EAOK_Sinod, lk 21
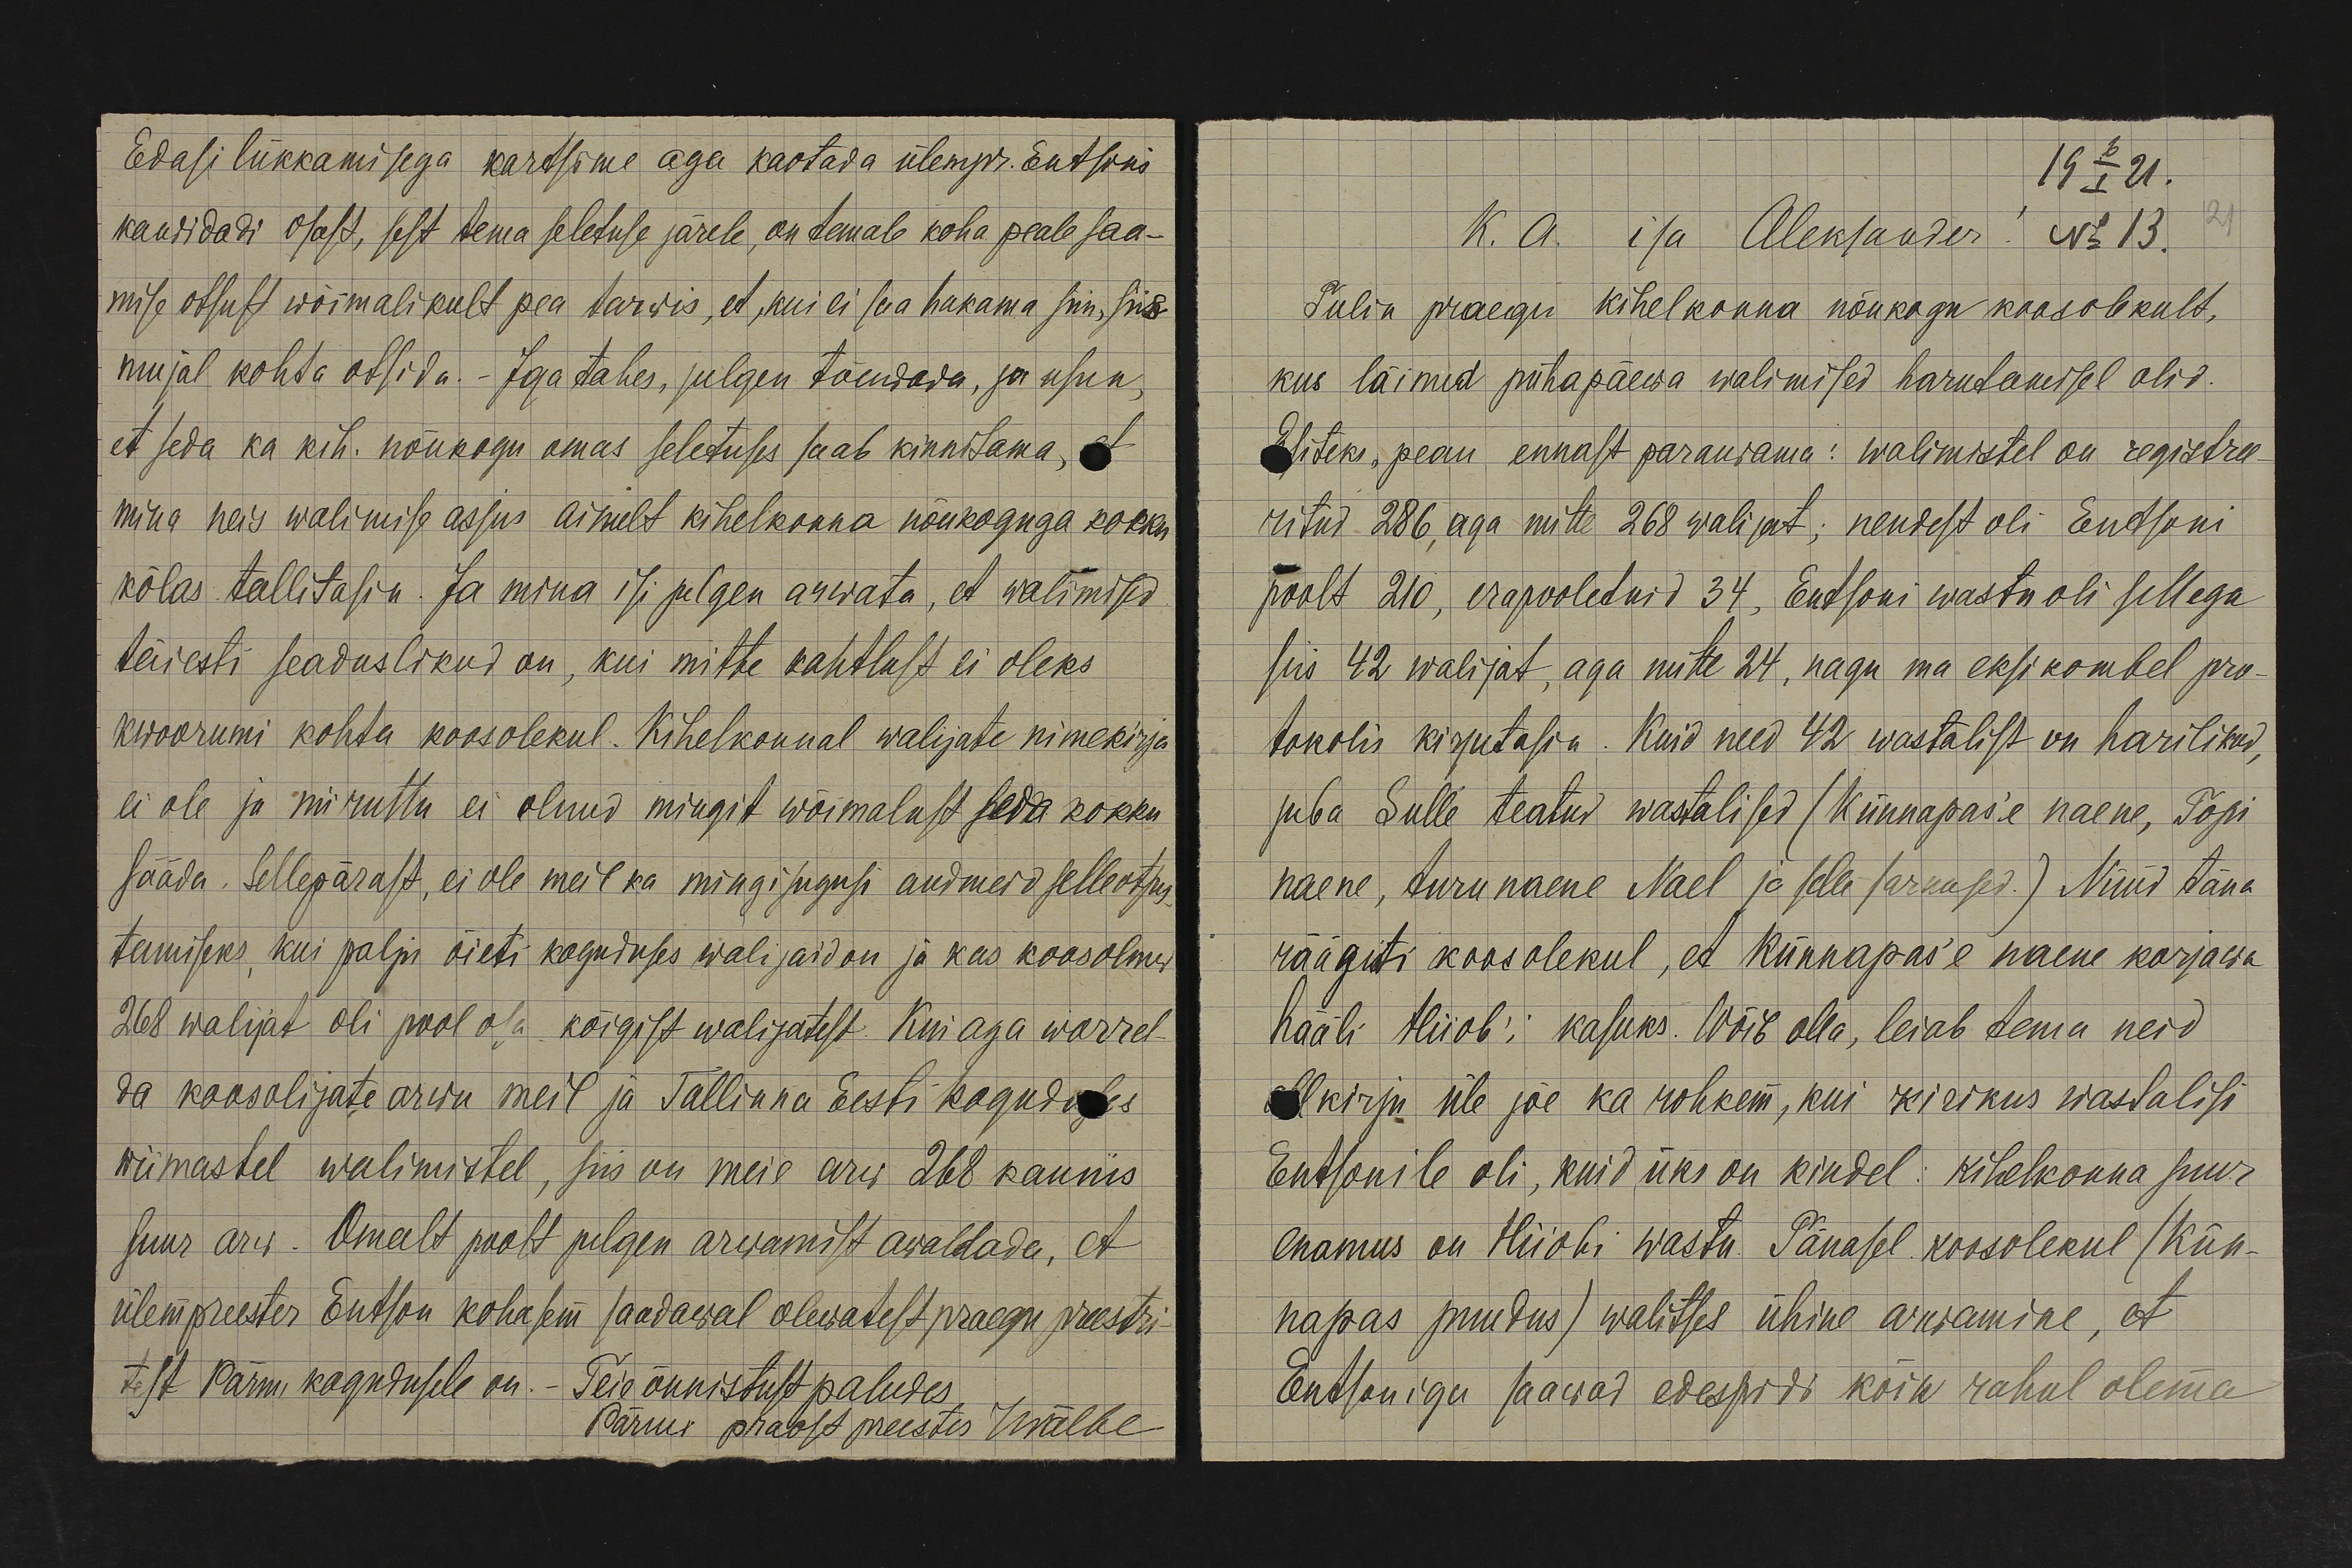
Edasi lükkamisega kartsime aga kaotada ülempr. Entsoni
kandidadi osast, sest tema seletuse järele, on temale koha peale saa-
mise otsust wõimalikult pea tarwis, et, kui ei saa hakama siin, siis
mujal kohta otsida. - Iga tahes, julgen tõendada, ja usun,
et seda ka kih. nõukogu omas seletuses saab kinnitama, et
mina neis walimise asjus ainult kihelkonna nõukoguga kokku
kõlas tallitasin. Ja mina isi julgen arwata, et walimised
täiesti seaduslikud on, kui mitte kahtlust ei oleks
kwoorumi kohta koosolekul. Kihelkonnal walijate nimekirja
ei ole ja nii ruttu ei olnud mingit wõimalust seda kokku
sääda. Sellepärast, ei ole meil ka mingisugusi andmeid selle otsus-
tamiseks, kui palju õieti koguduses walijaid on ja kas koosolnud
268 walijat oli pool osa kõigist walijatest. Kui aga worrel-
da koosolijate arwu meil ja Tallinna Eesti koguduses
wiimastel walimistel, siis on meie arw 268 kaunis
suur arw. Omalt poolt julgen arwamist awaldada, et
ülempreester Entson kohasem saadawal olewatest praegu preestri-
test Pärnu kogudusele on. Teie õnnistust paludes
Pärnu praost preester Wälbe

19 6/I 21.
No 13.
K. A. isa Aleksander!
Tulin praegu kihelkonna nõukogu koosolekult,
kus läinud pühapäewa walimised harutamisel olid.
Esiteks "pean ennast paradama": walimistel on registree-
ritud 286, aga mitte 268 walijat; nendest oli Entsoni
poolt 210, erapooletuid 34. Entsoni wastu oli sellega
siis 42 walijat, aga mitte 24, nagu ma eksi kombel pro
tokolis kirjutasin. Kuid need 42 wastalist on harilikud,
juba Sulle teatud wastalised (Künnapas'e naene, Topi
naene, turu naene Nael ja selle sarnased.) Nüüd täna
räägiti koosolekul, et Künnapas'e naene korjawa
hääli Hiiob'i kasuks. Wõib olla, leiab tema neid
allkirju üle jõe ka rohkem, kui kirikus wastalisi
Entsonile oli, kuid üks on kindel: kihelkonna suur
enamus on Hiiobi wastu. Tänasel koosolekul (Kün-
napas puudus) walitses ühine arwamine, et
Entsoniga saawad edespidi kõik rahul olema